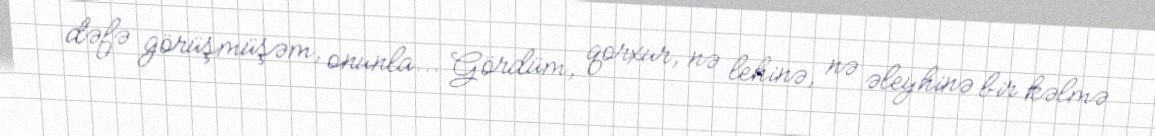
dəfə görüşmüşəm, onunla... Gördüm, qorxur, nə lehinə, nə əleyhinə bir kəlmə